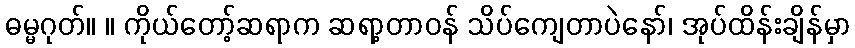
ဓမ္မဂုတ်။ ။ ကိုယ်တော့်ဆရာက ဆရာ့တာဝန် သိပ်ကျေတာပဲနော်၊ အုပ်ထိန်းချိန်မှာ